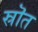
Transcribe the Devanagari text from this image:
स्रॊत